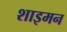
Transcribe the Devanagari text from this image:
शाइमन